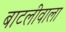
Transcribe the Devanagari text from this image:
बाटलीवाला